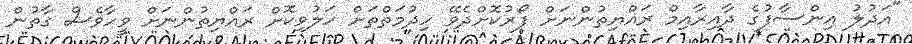
"އަދުލު އިންސާފުގެ ދާއިރާއިމް ރައްޔިތުންނަށް ފޯރުކޮށްދެވޭ ހިދުމަތްތަށް ހަލުވިކޮށް ރައްޔިތުންނަށް ވީހާވެސް ގާތުން